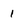
Character: 1